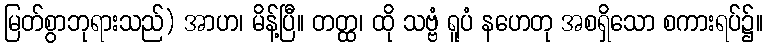
မြတ်စွာဘုရားသည်) အာဟ၊ မိန့်ပြီ။ တတ္ထ၊ ထို သဗ္ဗံ ရူပံ နဟေတု အစရှိသော စကားရပ်၌။